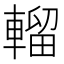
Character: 𨍸